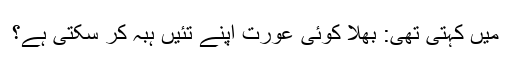
میں کہتی تھی: بھلا کوئی عورت اپنے تئیں ہبہ کر سکتی ہے؟